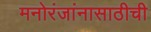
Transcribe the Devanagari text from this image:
मनोरंजांनासाठीची